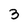
Character: 3